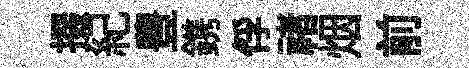
掇紀豊鎸俘禇烟前